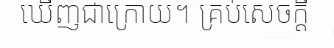
ឃើញជាក្រោយ។ គ្រប់សេចក្តី